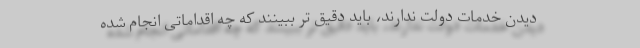
دیدن خدمات دولت ندارند، باید دقیق تر ببینند که چه اقداماتی انجام شده